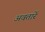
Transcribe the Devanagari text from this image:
अवतारें